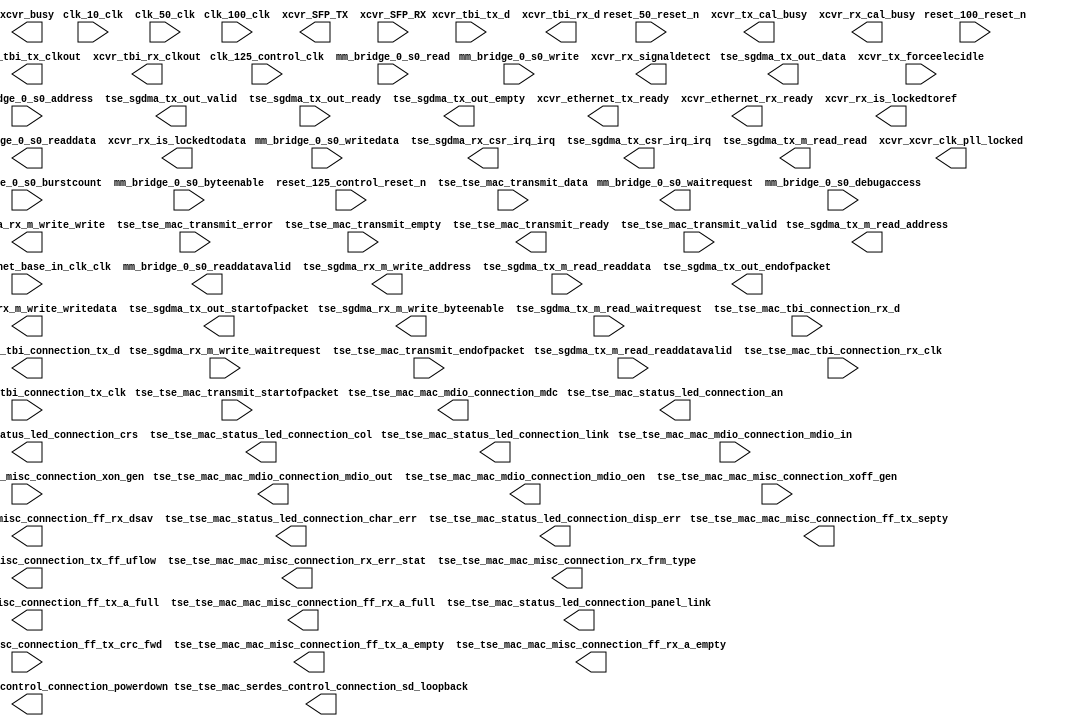

module tse_w_sfp (
	clk_10_clk,
	clk_100_clk,
	clk_125_control_clk,
	clk_125_enet_base_in_clk_clk,
	clk_50_clk,
	mm_bridge_0_s0_waitrequest,
	mm_bridge_0_s0_readdata,
	mm_bridge_0_s0_readdatavalid,
	mm_bridge_0_s0_burstcount,
	mm_bridge_0_s0_writedata,
	mm_bridge_0_s0_address,
	mm_bridge_0_s0_write,
	mm_bridge_0_s0_read,
	mm_bridge_0_s0_byteenable,
	mm_bridge_0_s0_debugaccess,
	reset_100_reset_n,
	reset_125_control_reset_n,
	reset_50_reset_n,
	tse_sgdma_rx_csr_irq_irq,
	tse_sgdma_rx_m_write_waitrequest,
	tse_sgdma_rx_m_write_address,
	tse_sgdma_rx_m_write_write,
	tse_sgdma_rx_m_write_writedata,
	tse_sgdma_rx_m_write_byteenable,
	tse_sgdma_tx_csr_irq_irq,
	tse_sgdma_tx_m_read_readdata,
	tse_sgdma_tx_m_read_readdatavalid,
	tse_sgdma_tx_m_read_waitrequest,
	tse_sgdma_tx_m_read_address,
	tse_sgdma_tx_m_read_read,
	tse_sgdma_tx_out_data,
	tse_sgdma_tx_out_valid,
	tse_sgdma_tx_out_ready,
	tse_sgdma_tx_out_endofpacket,
	tse_sgdma_tx_out_startofpacket,
	tse_sgdma_tx_out_empty,
	tse_tse_mac_mac_mdio_connection_mdc,
	tse_tse_mac_mac_mdio_connection_mdio_in,
	tse_tse_mac_mac_mdio_connection_mdio_out,
	tse_tse_mac_mac_mdio_connection_mdio_oen,
	tse_tse_mac_mac_misc_connection_xon_gen,
	tse_tse_mac_mac_misc_connection_xoff_gen,
	tse_tse_mac_mac_misc_connection_ff_tx_crc_fwd,
	tse_tse_mac_mac_misc_connection_ff_tx_septy,
	tse_tse_mac_mac_misc_connection_tx_ff_uflow,
	tse_tse_mac_mac_misc_connection_ff_tx_a_full,
	tse_tse_mac_mac_misc_connection_ff_tx_a_empty,
	tse_tse_mac_mac_misc_connection_rx_err_stat,
	tse_tse_mac_mac_misc_connection_rx_frm_type,
	tse_tse_mac_mac_misc_connection_ff_rx_dsav,
	tse_tse_mac_mac_misc_connection_ff_rx_a_full,
	tse_tse_mac_mac_misc_connection_ff_rx_a_empty,
	tse_tse_mac_serdes_control_connection_sd_loopback,
	tse_tse_mac_serdes_control_connection_powerdown,
	tse_tse_mac_status_led_connection_crs,
	tse_tse_mac_status_led_connection_link,
	tse_tse_mac_status_led_connection_panel_link,
	tse_tse_mac_status_led_connection_col,
	tse_tse_mac_status_led_connection_an,
	tse_tse_mac_status_led_connection_char_err,
	tse_tse_mac_status_led_connection_disp_err,
	tse_tse_mac_tbi_connection_rx_clk,
	tse_tse_mac_tbi_connection_tx_clk,
	tse_tse_mac_tbi_connection_rx_d,
	tse_tse_mac_tbi_connection_tx_d,
	tse_tse_mac_transmit_data,
	tse_tse_mac_transmit_endofpacket,
	tse_tse_mac_transmit_error,
	tse_tse_mac_transmit_empty,
	tse_tse_mac_transmit_ready,
	tse_tse_mac_transmit_startofpacket,
	tse_tse_mac_transmit_valid,
	xcvr_ethernet_tx_ready,
	xcvr_ethernet_rx_ready,
	xcvr_xcvr_clk_pll_locked,
	xcvr_SFP_TX,
	xcvr_SFP_RX,
	xcvr_tbi_tx_clkout,
	xcvr_tbi_rx_clkout,
	xcvr_tbi_tx_d,
	xcvr_tbi_rx_d,
	xcvr_rx_is_lockedtoref,
	xcvr_rx_is_lockedtodata,
	xcvr_rx_signaldetect,
	xcvr_tx_forceelecidle,
	xcvr_busy,
	xcvr_tx_cal_busy,
	xcvr_rx_cal_busy);	

	input		clk_10_clk;
	input		clk_100_clk;
	input		clk_125_control_clk;
	input		clk_125_enet_base_in_clk_clk;
	input		clk_50_clk;
	output		mm_bridge_0_s0_waitrequest;
	output	[31:0]	mm_bridge_0_s0_readdata;
	output		mm_bridge_0_s0_readdatavalid;
	input	[0:0]	mm_bridge_0_s0_burstcount;
	input	[31:0]	mm_bridge_0_s0_writedata;
	input	[18:0]	mm_bridge_0_s0_address;
	input		mm_bridge_0_s0_write;
	input		mm_bridge_0_s0_read;
	input	[3:0]	mm_bridge_0_s0_byteenable;
	input		mm_bridge_0_s0_debugaccess;
	input		reset_100_reset_n;
	input		reset_125_control_reset_n;
	input		reset_50_reset_n;
	output		tse_sgdma_rx_csr_irq_irq;
	input		tse_sgdma_rx_m_write_waitrequest;
	output	[31:0]	tse_sgdma_rx_m_write_address;
	output		tse_sgdma_rx_m_write_write;
	output	[31:0]	tse_sgdma_rx_m_write_writedata;
	output	[3:0]	tse_sgdma_rx_m_write_byteenable;
	output		tse_sgdma_tx_csr_irq_irq;
	input	[31:0]	tse_sgdma_tx_m_read_readdata;
	input		tse_sgdma_tx_m_read_readdatavalid;
	input		tse_sgdma_tx_m_read_waitrequest;
	output	[31:0]	tse_sgdma_tx_m_read_address;
	output		tse_sgdma_tx_m_read_read;
	output	[31:0]	tse_sgdma_tx_out_data;
	output		tse_sgdma_tx_out_valid;
	input		tse_sgdma_tx_out_ready;
	output		tse_sgdma_tx_out_endofpacket;
	output		tse_sgdma_tx_out_startofpacket;
	output	[1:0]	tse_sgdma_tx_out_empty;
	output		tse_tse_mac_mac_mdio_connection_mdc;
	input		tse_tse_mac_mac_mdio_connection_mdio_in;
	output		tse_tse_mac_mac_mdio_connection_mdio_out;
	output		tse_tse_mac_mac_mdio_connection_mdio_oen;
	input		tse_tse_mac_mac_misc_connection_xon_gen;
	input		tse_tse_mac_mac_misc_connection_xoff_gen;
	input		tse_tse_mac_mac_misc_connection_ff_tx_crc_fwd;
	output		tse_tse_mac_mac_misc_connection_ff_tx_septy;
	output		tse_tse_mac_mac_misc_connection_tx_ff_uflow;
	output		tse_tse_mac_mac_misc_connection_ff_tx_a_full;
	output		tse_tse_mac_mac_misc_connection_ff_tx_a_empty;
	output	[17:0]	tse_tse_mac_mac_misc_connection_rx_err_stat;
	output	[3:0]	tse_tse_mac_mac_misc_connection_rx_frm_type;
	output		tse_tse_mac_mac_misc_connection_ff_rx_dsav;
	output		tse_tse_mac_mac_misc_connection_ff_rx_a_full;
	output		tse_tse_mac_mac_misc_connection_ff_rx_a_empty;
	output		tse_tse_mac_serdes_control_connection_sd_loopback;
	output		tse_tse_mac_serdes_control_connection_powerdown;
	output		tse_tse_mac_status_led_connection_crs;
	output		tse_tse_mac_status_led_connection_link;
	output		tse_tse_mac_status_led_connection_panel_link;
	output		tse_tse_mac_status_led_connection_col;
	output		tse_tse_mac_status_led_connection_an;
	output		tse_tse_mac_status_led_connection_char_err;
	output		tse_tse_mac_status_led_connection_disp_err;
	input		tse_tse_mac_tbi_connection_rx_clk;
	input		tse_tse_mac_tbi_connection_tx_clk;
	input	[9:0]	tse_tse_mac_tbi_connection_rx_d;
	output	[9:0]	tse_tse_mac_tbi_connection_tx_d;
	input	[31:0]	tse_tse_mac_transmit_data;
	input		tse_tse_mac_transmit_endofpacket;
	input		tse_tse_mac_transmit_error;
	input	[1:0]	tse_tse_mac_transmit_empty;
	output		tse_tse_mac_transmit_ready;
	input		tse_tse_mac_transmit_startofpacket;
	input		tse_tse_mac_transmit_valid;
	output		xcvr_ethernet_tx_ready;
	output		xcvr_ethernet_rx_ready;
	output		xcvr_xcvr_clk_pll_locked;
	output		xcvr_SFP_TX;
	input		xcvr_SFP_RX;
	output		xcvr_tbi_tx_clkout;
	output		xcvr_tbi_rx_clkout;
	input	[9:0]	xcvr_tbi_tx_d;
	output	[9:0]	xcvr_tbi_rx_d;
	output		xcvr_rx_is_lockedtoref;
	output		xcvr_rx_is_lockedtodata;
	output		xcvr_rx_signaldetect;
	input		xcvr_tx_forceelecidle;
	output		xcvr_busy;
	output		xcvr_tx_cal_busy;
	output		xcvr_rx_cal_busy;
endmodule